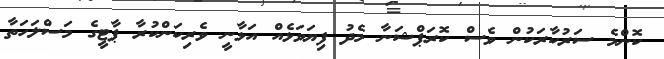
ކޮންމެ ސަރުކާރަކުން ވެސް ކޮރަޕްޝަނާ މެދު ފިޔަވަޅެއް އަޅާނީ ވެރިކަންކުރާ ޕާޓީގެ މަސްލަހަތާ